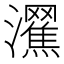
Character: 𤄩